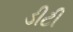
ડીટી